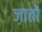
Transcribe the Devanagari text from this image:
ज़ातों